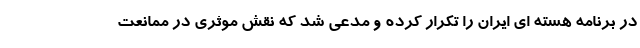
در برنامه هسته ای ایران را تکرار کرده و مدعی شد که نقش موثری در ممانعت